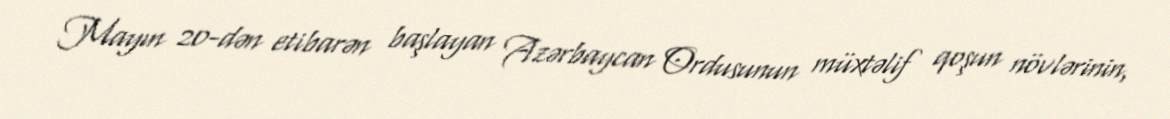
Mayın 20-dən etibarən başlayan Azərbaycan Ordusunun müxtəlif qoşun növlərinin,